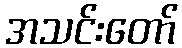
အသင်းတော်